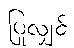
ပြုလျှင်